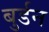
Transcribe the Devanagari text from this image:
बुर्डन